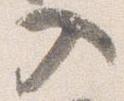
入